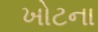
ખોટના